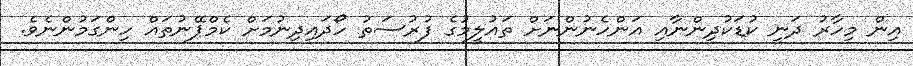
އިން މިހާރު ދަނީ ކުޑަކުދިންނާއި އަންހެނުންނަށް ތައުލީމުގެ ފުރުސަތު ހޯދައިދިނުމަށް ކެމްޕޭނުތައް ހިންގަމުންނެވެ.